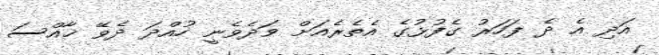
އަދި އެ ދެ ފަހަރު ގެފުޅުގެ އެތެރެއަށް ވަދެވެނީ ހުއްދަ ދެވޭ ޚާއްސަ